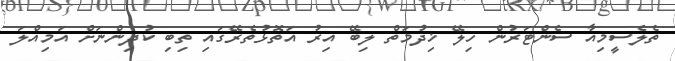
ތެލެސީމިއާ ސެންޓަރުން ހިލޭ ޚިދުމަތް ލިބޭ އިރު އަތޮޅުތެރޭގައި ތިބި ކުދިންނަށް އަމިއްލަ